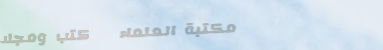
مكتبة العلماء   كتب ومجلا